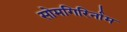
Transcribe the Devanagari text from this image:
सोमगिरिर्नाम